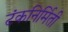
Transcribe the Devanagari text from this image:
टंकनिर्मिती